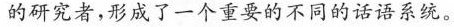
的研究者，形成了一个重要的不同的话语系统。